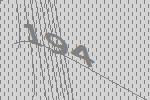
194